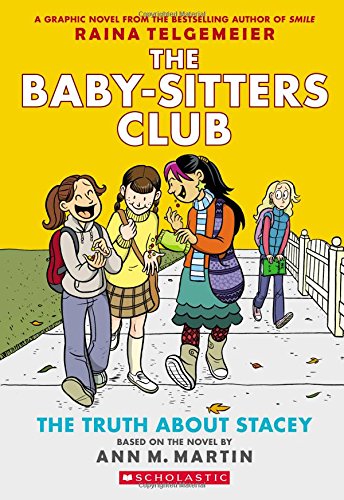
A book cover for The Truth About Stacey: Full-Color Edition (The Baby-Sitters Club Graphix #2); Ann M. Martin; Children's Books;